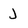
Character: J